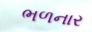
ભળનાર